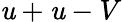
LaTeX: \mathit{u}+\mathit{u}-V